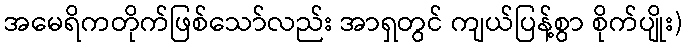
အမေရိကတိုက်ဖြစ်သော်လည်း အာရှတွင် ကျယ်ပြန့်စွာ စိုက်ပျိုး)